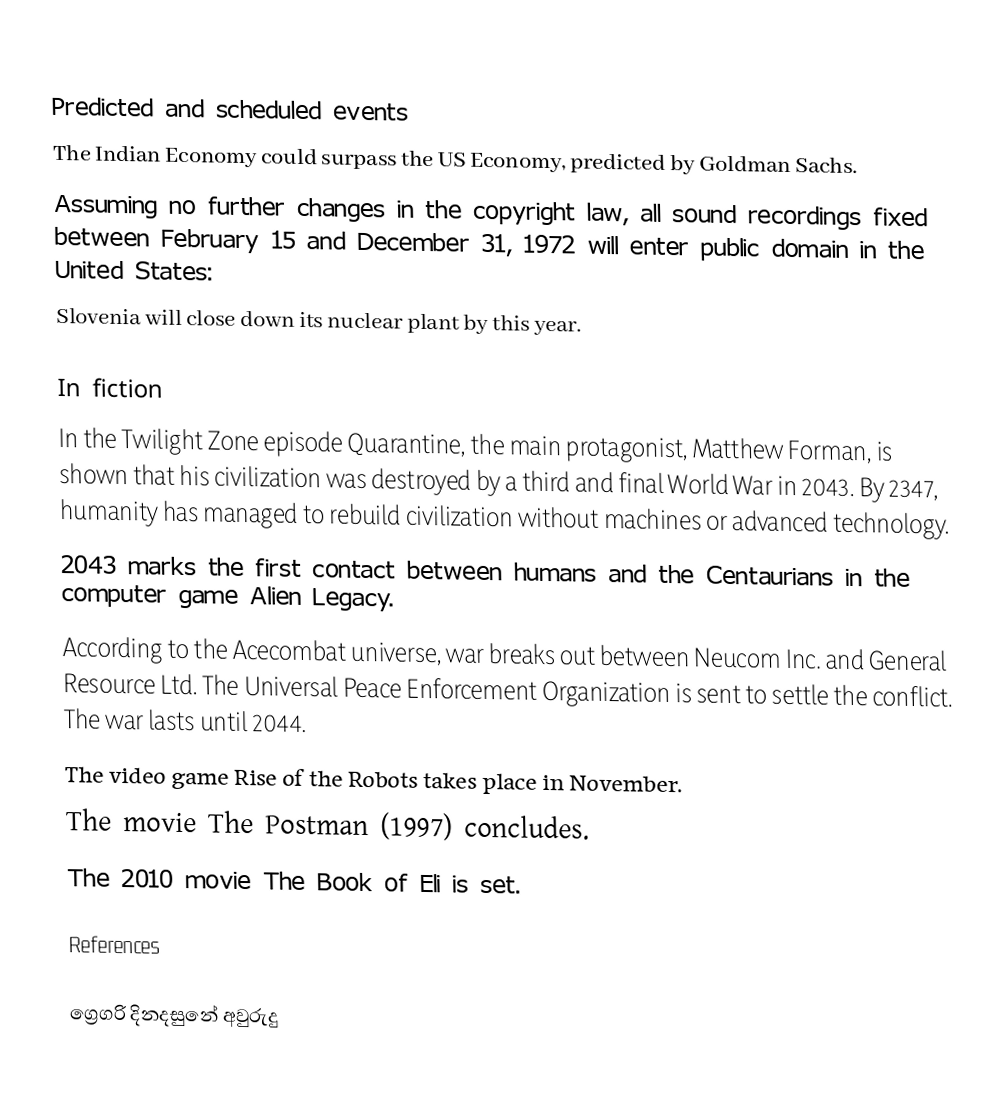

Predicted and scheduled events
 The Indian Economy could surpass the US Economy, predicted by Goldman Sachs.
 Assuming no further changes in the copyright law, all sound recordings fixed between February 15 and December 31, 1972 will enter public domain in the United States:
 Slovenia will close down its nuclear plant by this year.

In fiction
 In the Twilight Zone episode Quarantine, the main protagonist, Matthew Forman, is shown that his civilization was destroyed by a third and final World War in 2043. By 2347, humanity has managed to rebuild civilization without machines or advanced technology.
 2043 marks the first contact between humans and the Centaurians in the computer game Alien Legacy.
 According to the Acecombat universe, war breaks out between Neucom Inc. and General Resource Ltd. The Universal Peace Enforcement Organization is sent to settle the conflict. The war lasts until 2044.
 The video game Rise of the Robots takes place in November.
 The movie The Postman (1997) concludes.
 The 2010 movie The Book of Eli is set.

References

ග්‍රෙගරි දිනදසුනේ අවුරුදු